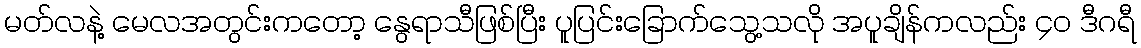
မတ်လနဲ့ မေလအတွင်းကတော့ နွေရာသီဖြစ်ပြီး ပူပြင်းခြောက်သွေ့သလို အပူချိန်ကလည်း ၄၀ ဒီဂရီ